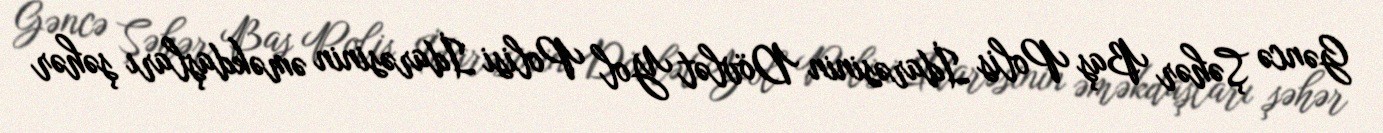
Gəncə Şəhər Baş Polis İdarəsinin Dövlət Yol Polisi İdarəsinin əməkdaşları şəhər